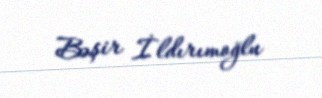
Bəşir İldırımoğlu